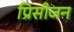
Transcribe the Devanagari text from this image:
प्रिसीजन